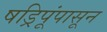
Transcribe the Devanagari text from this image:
षड्रिपूंपासून